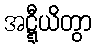
အဋ္ဋီယိတွာ